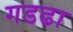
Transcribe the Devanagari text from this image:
गडढा